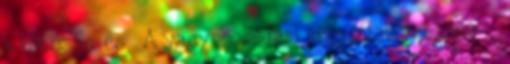
a hatóság és . A vagyonosodási vizsgálatok száma -